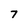
Character: 7